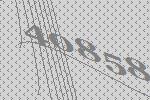
40858